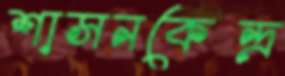
শাসনকেন্দ্র